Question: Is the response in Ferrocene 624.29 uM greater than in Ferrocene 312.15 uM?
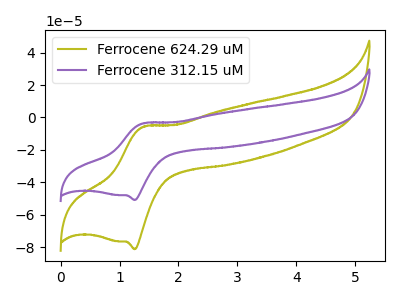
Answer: <think>The olive curve "Ferrocene 624.29 uM" has an anodic peak at (1.40V, -5.70uA) and a cathodic peak at (1.25V, -81.20uA). The purple curve "Ferrocene 312.15 uM" has an anodic peak at (1.40V, -3.55uA) and a cathodic peak at (1.25V, -50.85uA).
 All the peaks in "Ferrocene 624.29 uM" have a peak in "Ferrocene 312.15 uM" at the same potential.</think>
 <answer>I cant tell if "Ferrocene 624.29 uM" or "Ferrocene 312.15 uM" has more signal.</answer>
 <eval>mixed_signal</eval>